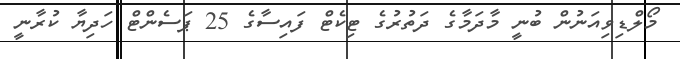
މޯލްޑިވިއަނުން ބުނީ މާދަމާގެ ދަތުރުގެ ޓިކެޓް ފައިސާގެ 25 ޕަސެންޓް ހަދިޔާ ކުރާނީ